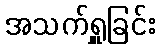
အသက်ရှူခြင်း